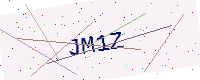
Text: JM1Z